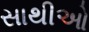
સાથીઓ